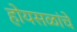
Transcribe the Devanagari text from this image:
होयसळांचे